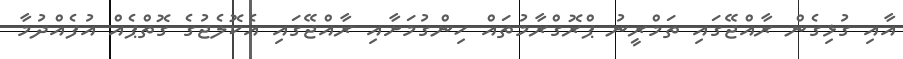
އާއި ގުޅިގެން ރާއްޖޭގައި ތަމްރީނު ޕްރޮގްރާމުތައް ހިންގުމަށާއި ރާއްޖޭގައި އެކޮލެޖުގެ ގޮތްޕެއް އުފެއްދުމާ